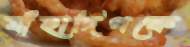
যাঁহাদিগকে